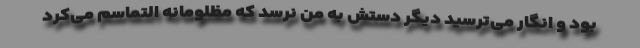
بود و انگار می‌ترسید دیگر دستش به من نرسد که مظلومانه التماسم می‌کرد